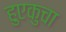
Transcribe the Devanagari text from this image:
हुएकुचा